画像に写った文字を読んでください
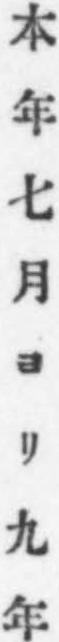
「本年七月ヨリ九年」と書いてあります